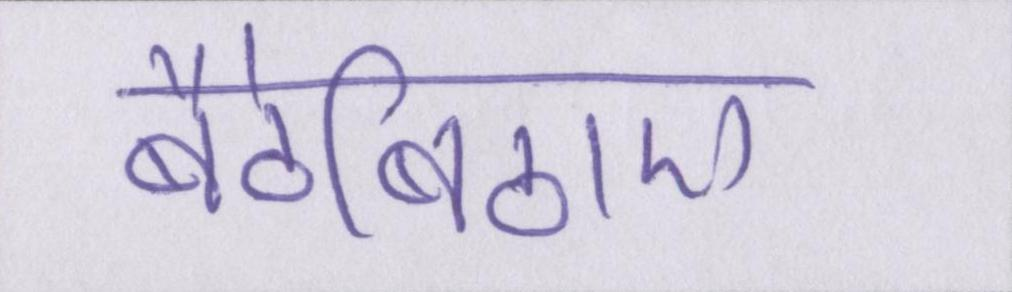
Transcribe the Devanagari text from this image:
बैठेबिठाए